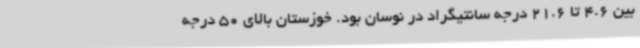
بین 4.6 تا 21.6 درجه سانتیگراد در نوسان بود. خوزستان بالای 50 درجه